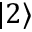
| 2 \rangle